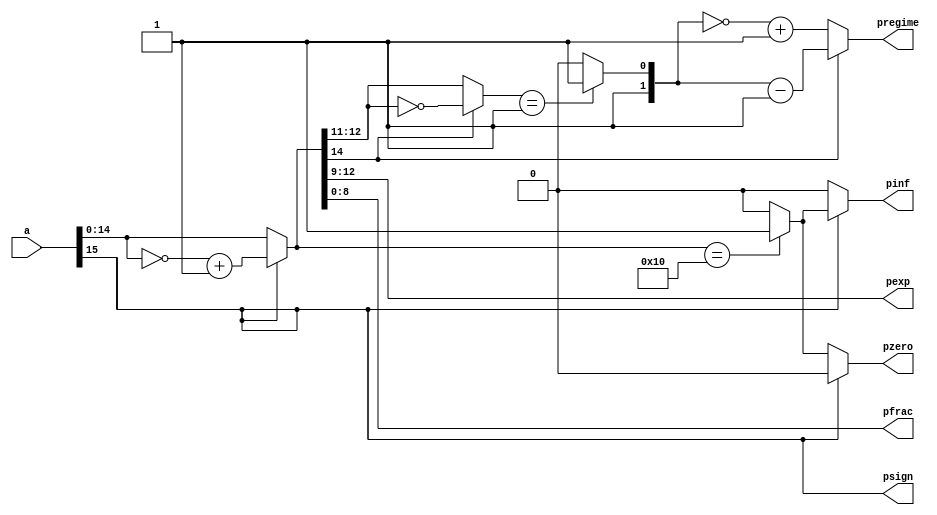
`timescale 1ns / 1ps
`define N 16
`define es 4
`define regime 2
module posit(a,psign,pregime,pexp,pfrac,pzero,pinf);
    input [`N-1:0]a;
    output psign;
    output [`regime-1:0]pregime;
    output [`es-1:0]pexp;
    output [`N-`es-`regime-2:0]pfrac;
    output pzero;
    output pinf;
    wire [`N-2:0]x;
    wire [`regime-1:0]number;
    reg [`regime-1:0]p_regime;

//-----------------------sign----------------------
    assign psign = a[`N-1];
    assign x = psign? ~a[`N-2:0] + 1'b1: a[`N-2:0];

//-----------------------inf\zero check----------------------
    assign pzero = psign ? 1'b0:( x[`N-2:0]==`N-1'b0 ? 1'b1:1'b0);
    assign pinf = psign ? ( x[`N-2:0]==`N-1'b0 ? 1'b1:1'b0):1'b0;

//-----------------------regime----------------------
    assign number = x[`N-2]?~x[`N-2:`N-2-`regime-1]:x[`N-2:`N-2-`regime-1];


always@(*) begin
case(number)
    2'b01 : p_regime = 2'b11;
    default : p_regime = 2'b10;
endcase
end

    assign pregime = x[`N-2]?p_regime-1'b1:~p_regime+1'b1;
//-----------------------expo----------------------
    assign pexp = x[`N-`regime-2:`N-`regime-`es-1];
//-----------------------frac-----------------------
    assign pfrac = x[`N-`regime-`es-2:0];

endmodule
//---------posit multiplication------------------------
module pmult(a,b,out,clk,reset,pinf,pzero);
    input [`N-1:0]a,b;
    input clk,reset;
    output reg [`N-1:0]out;
    output pinf,pzero;
    reg [`N-1:0]x,y;
    wire [`N-1:0]OUT;
    wire [`N-1:0]result;
    wire [2*(`N-`es-`regime)-1:0]mult_out;
    reg [`regime-1:0]result_out;
    wire psign;
    wire [`regime-1:0]pregime;
    wire [`regime+`es-1:0]a_exp,b_exp,t_exp;
    wire [`N-`es-`regime-2:0]pfrac;
    wire a_psign,b_psign;
    wire [`regime-1:0]a_pregime,b_pregime;
    wire [`es-1:0]a_pexp,b_pexp;
    wire [`N-`es-`regime-2:0]a_pfrac,b_pfrac;
    wire a_pzero,a_pinf,b_pzero,b_pinf;
    wire [7:0]a1;
    wire [7:0]b1;
    wire [15:0]c1;

always@(posedge clk) begin
if(reset) begin
    x <= `N'b0;
    y <= `N'b0;
    out <= `N'b0;	end
else begin
    x <= a;
    y <= b;
    out <= OUT;	end
end
    posit A1(x,a_psign,a_pregime,a_pexp,a_pfrac,a_pzero,a_pinf);
    posit B1(y,b_psign,b_pregime,b_pexp,b_pfrac,b_pzero,b_pinf);
    assign pinf = (a_pinf | b_pinf) ? 1'b1 : 1'b0;
    assign pzero = ~(a_pinf|b_pinf)&(a_pzero|b_pzero) ? 1'b1 : 1'b0;

//-----------------------sign----------------------
    assign psign = a_psign ^ b_psign;

//-----------------------frac----------------------
    assign a1={1'b1,a_pfrac[8:2]};
    assign b1={1'b1,b_pfrac[8:2]};
    yang1_multiplier_8bit m1(.A(a1),.B(b1),.out(c1),.clk(clk));
    assign mult_out={c1,4'b0};
    assign result[`N-`es-`regime-2:0] = mult_out[2*(`N-`es-`regime)-1]? mult_out[2*(`N-`es-`regime)-1-1:2*(`N-`es-`regime)-1-(`N-`es-`regime-1)] : mult_out[2*(`N-`es-`regime)-1-1-1:2*(`N-`es-`regime)-1-(`N-`es-`regime-1)-1];

//-----------------------total_exp----------------------
    assign a_exp = {a_pregime,`es'b0} + a_pexp;
    assign b_exp = {b_pregime,`es'b0} + b_pexp;
    assign t_exp = a_exp + b_exp + mult_out[2*(`N-`es-`regime)-1];
    assign pregime = t_exp[`es+`regime-1:`es];

    assign result[`N-`regime-2:`N-`es-`regime-1] = t_exp[`es-1:0];

always@(*) begin
case(pregime)
    2'b11 : result_out = 2'b01;
    2'b10 : result_out = 2'b00;
    2'b00 : result_out = 2'b10;
    default : result_out = 2'b11;
endcase
end

    assign result[`N-1] = psign;
    assign result[`N-2:`N-`regime-1] = pregime;
    assign OUT = result[`N-1]? {result[`N-1],~result[`N-2:0]+1'b1} : result;
endmodule

module half_adder(a,b,sum,carry);
input a,b;
output sum,carry;

assign sum = a^b;
assign carry = a&b;

endmodule

module full_adder(a, b, c, sum, carry);
	input a, b, c;
	output sum, carry;

	assign sum = a^b^c;
	assign carry = (a&b)|(b&c)|(c&a);
endmodule

// Full Adder


// Exact 4-2 compressor

module exact_comp(x1,x2,x3,x4,cin,cout,sum,carry);
input x1,x2,x3,x4,cin;
output cout,sum,carry;

assign sum= x1^x2^x3^ x4^cin;
assign cout= (x1&x2)|(x3&x2)|(x1&x3);
assign carry= ((x1^x2^x3)&x4)|((x1^x2^x3)&cin)|(cin&x4);  


endmodule


// Pro 1 approximate compressor

module yang1 (x1,x2,x3,x4, sum, carry);
input x1,x2,x3,x4;
output  sum, carry;
wire t1,t2;
nor(t1,x1,x2);
nor(t2,x3,x4);
nor(carry,t1,t2);
nand(sum,t1,t2);
endmodule

// Now we are starting the top level module

module yang1_multiplier_8bit(A,B,clk,out);
input [7:0] A,B;
reg [7:0] A_temp,B_temp;
wire [15:0] out_temp;

	input clk;
	wire s1,c1,s2,c2,s3,c3,s4,c4,s5,c5,co1,co2,co3,co4,co5,co6,co7,co8,s11,c11,s12,c12,s13,c13,s21,c21;
	wire s22,c22,s23,c23,s24,c24,s25,c25,ls11,lc11,ls12,lc12,ls13,lc13,ls14,lc14,ls21,lc21,ls22,lc22,ls23,lc23,ls24,lc24,ls25,lc25;
	wire fs1,fc1,fs2,fc2,fs3,fc3,fs4,fc4,fs5,fc5,fs6,fc6,fs7,fc7,fs8,fc8,fs9,fc9,fs10,fc10,fs11,fc11,fs12,fc12,fs13,fc13,fs14,fc14,fs15,fc15,fs16,fc16;
	
	
	output reg [15:0] out;
	wire [7:0] P[7:0]; 	
	always @(posedge clk)
begin
A_temp<=A;
B_temp<=B;
out<=out_temp;
end	

//-------------------------- 8 bit approximate multiplier in CN configuration ----------------------------------------------
//--------------------------  Partial product generation ------------------------------------------------------------------- 

	genvar i;
	generate
		for(i = 0; i < 8; i = i +1) 
         begin:part_product
			assign P[i][0] = A_temp[0] & B_temp[i] ;
			assign P[i][1] = A_temp[1] & B_temp[i] ;
			assign P[i][2] = A_temp[2] & B_temp[i] ;
			assign P[i][3] = A_temp[3] & B_temp[i] ;
			assign P[i][4] = A_temp[4] & B_temp[i] ;
			assign P[i][5] = A_temp[5] & B_temp[i] ;
			assign P[i][6] = A_temp[6] & B_temp[i] ;
			assign P[i][7] = A_temp[7] & B_temp[i] ;
		end
	endgenerate

//-------------------- First stage of PP reduction from 8 to 4 in C-N configuration -----------------------------------------

half_adder h1(.a(P[0][4]),.b(P[1][3]),.sum(s1),.carry(c1));
half_adder h2(.a(P[4][2]),.b(P[5][1]),.sum(s2),.carry(c2));
half_adder h3(.a(P[6][3]),.b(P[7][2]),.sum(s3),.carry(c3));

full_adder f1(.a(P[5][3]), .b(P[6][2]), .c(P[7][1]), .sum(fs1), .carry(fc1));


yang1 l11(.x1(P[0][5]), .x2(P[1][4]), .x3(P[2][3]), .x4(P[3][2]), .sum(ls11), .carry(lc11));
yang1 l12(.x1(P[0][6]), .x2(P[1][5]), .x3(P[2][4]), .x4(P[3][3]), .sum(ls12), .carry(lc12));
yang1 l13(.x1(P[0][7]), .x2(P[1][6]), .x3(P[2][5]), .x4(P[3][4]), .sum(ls13), .carry(lc13));
yang1 l14(.x1(P[4][3]), .x2(P[5][2]), .x3(P[6][1]), .x4(P[7][0]), .sum(ls14), .carry(lc14));


exact_comp e11(.x1(P[1][7]),.x2(P[2][6]),.x3(P[3][5]),.x4(P[4][4]),.cin(1'b0),.cout(co1),.sum(s11),.carry(c11));
exact_comp e12(.x1(P[2][7]),.x2(P[3][6]),.x3(P[4][5]),.x4(P[5][4]),.cin(co1),.cout(co2),.sum(s12),.carry(c12));
exact_comp e13(.x1(P[3][7]),.x2(P[4][6]),.x3(P[5][5]),.x4(P[6][4]),.cin(co2),.cout(co3),.sum(s13),.carry(c13));

full_adder f2(.a(P[4][7]), .b(P[5][6]), .c(co3),  .sum(fs2), .carry(fc2));

//------------------- Second stage of PP reduction from 4 to 2 in C-N configuration ------------------------------------------
half_adder h4(.a(P[0][2]),.b(P[1][1]),.sum(s4),.carry(c4));
yang1 l21(.x1(P[0][3]), .x2(P[1][2]), .x3(P[2][1]), .x4(P[3][0]), .sum(ls21), .carry(lc21));
yang1 l22(.x1(s1), .x2(P[2][2]), .x3(P[3][1]), .x4(P[4][0]), .sum(ls22), .carry(lc22));
yang1 l23(.x1(ls11), .x2(c1), .x3(P[4][1]), .x4(P[5][0]), .sum(ls23), .carry(lc23));
yang1 l24(.x1(ls12), .x2(lc11), .x3(s2), .x4(P[6][0]), .sum(ls24), .carry(lc24));
yang1 l25(.x1(ls13), .x2(lc12), .x3(ls14), .x4(c2), .sum(ls25), .carry(lc25));


exact_comp e21(.x1(s11),.x2(lc13),.x3(fs1),.x4(lc14),.cin(1'b0),.cout(co4),.sum(s21),.carry(c21));
exact_comp e22(.x1(s12),.x2(c11),.x3(s3),.x4(fc1),.cin(co4),.cout(co5),.sum(s22),.carry(c22));
exact_comp e23(.x1(s13),.x2(c12),.x3(P[7][3]),.x4(c3),.cin(co5),.cout(co6),.sum(s23),.carry(c23));
exact_comp e24(.x1(fs2),.x2(c13),.x3(P[6][5]),.x4(P[7][4]),.cin(co6),.cout(co7),.sum(s24),.carry(c24));
exact_comp e25(.x1(P[5][7]),.x2(fc2),.x3(P[6][6]),.x4(P[7][5]),.cin(co7),.cout(co8),.sum(s25),.carry(c25));

full_adder f3(.a(P[6][7]), .b(P[7][6]), .c(co8), .sum(fs3), .carry(fc3));


//----------------- Third stage of carry propagation addition of two final rows in C-N configuration --------------------------
half_adder h5(.a(P[0][1]),.b(P[1][0]),.sum(s5),.carry(c5));
full_adder f4(.a(s4),.b(P[2][0]),.c(c5),.sum(fs4),.carry(fc4));
full_adder f5(.a(ls21),.b(c4),.c(fc4),.sum(fs5),.carry(fc5));
full_adder f6(.a(ls22),.b(lc21),.c(fc5),.sum(fs6),.carry(fc6));
full_adder f7(.a(ls23),.b(lc22),.c(fc6),.sum(fs7),.carry(fc7));
full_adder f8(.a(ls24),.b(lc23),.c(fc7),.sum(fs8),.carry(fc8));
full_adder f9(.a(ls25),.b(lc24),.c(fc8),.sum(fs9),.carry(fc9));
full_adder f10(.a(s21),.b(lc25),.c(fc9),.sum(fs10),.carry(fc10));
full_adder f11(.a(s22),.b(c21),.c(fc10),.sum(fs11),.carry(fc11));
full_adder f12(.a(s23),.b(c22),.c(fc11),.sum(fs12),.carry(fc12));
full_adder f13(.a(s24),.b(c23),.c(fc12),.sum(fs13),.carry(fc13));
full_adder f14(.a(s25),.b(c24),.c(fc13),.sum(fs14),.carry(fc14));
full_adder f15(.a(fs3),.b(c25),.c(fc14),.sum(fs15),.carry(fc15));
full_adder f16(.a(P[7][7]),.b(fc3),.c(fc15),.sum(fs16),.carry(fc16));


//----------------------- Concatenation of sum and carry bits ------------------------------------------------------------------

assign out_temp = {fc16,fs16,fs15,fs14,fs13,fs12,fs11,fs10,fs9,fs8,fs7,fs6,fs5,fs4,s5,P[0][0]}; 



endmodule